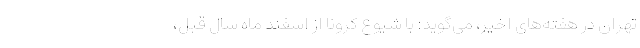
تهران در هفته‌های اخیر، می‌گوید: با شیوع کرونا از اسفند ماه سال قبل،